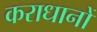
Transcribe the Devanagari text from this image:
कराधानों